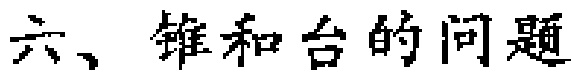
六、锥和台的问题